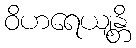
ဝိဟရေယျန္တိ